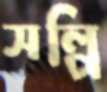
সল্পি